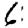
Digit: 6